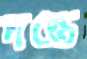
দন্তে